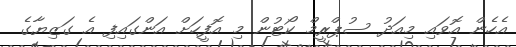
އެހެން އޮވައި މިއަދު ސުޕްރީމް ކޯޓުން މި އޮފީހަށް އަންގައިފި އެ ގަޒިޔާގެ